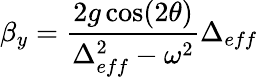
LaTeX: \beta_{y}=\frac{2g\cos(2\theta)}{\Delta_{eff}^{2}-\omega^{2}}\Delta_{eff}